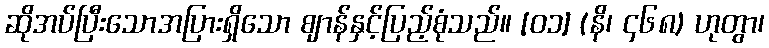
ဆိုအပ်ပြီးသောအပြားရှိသော ဈာန်နှင့်ပြည့်စုံသည်။ [၀၁] (နိ၊ ၄၆၈) ဟုတွာ၊